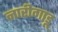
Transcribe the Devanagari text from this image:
नारीगाडू